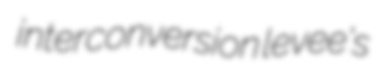
interconversion levee's